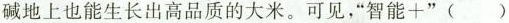
碱地上也能生长出高品质的大米。可见，”$$智 能 +$$”()